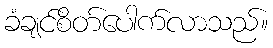
ခံချင်စိတ်ပေါက်လာသည်။